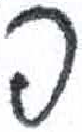
אות: פ